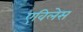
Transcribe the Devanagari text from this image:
एविलेस